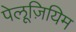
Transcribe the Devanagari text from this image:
पेलूज़ियिम